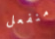
منفعل